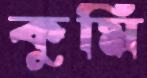
কুর্মি